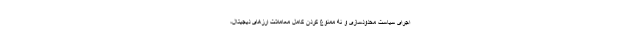
اجرای سیاست محدودسازی و نه ممنوع کردن کامل معاملات ارزهای دیجیتال،